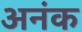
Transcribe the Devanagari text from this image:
अनंक